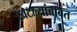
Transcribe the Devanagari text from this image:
खटल्यांबाबत